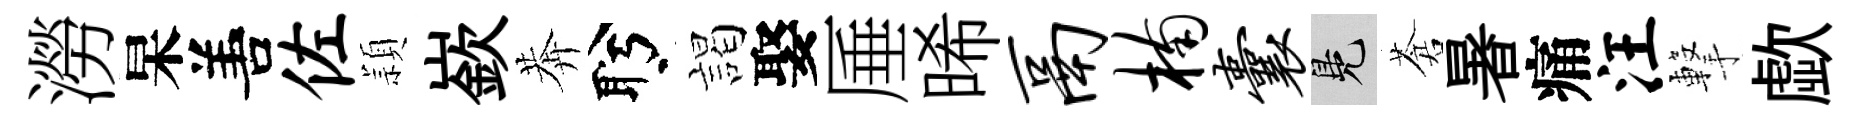
澇杲𠵊佐頴嶔莾盻謁娶厜晞鬲楠囊鳬蒼暑痛汪撃歔